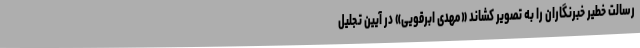
رسالت خطیر خبرنگاران را به تصویر کشاند «مهدی ابرقویی» در آیین تجلیل